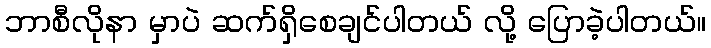
ဘာစီလိုနာ မှာပဲ ဆက်ရှိစေချင်ပါတယ် လို့ ပြောခဲ့ပါတယ်။